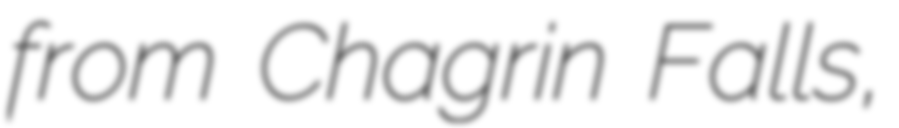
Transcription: from Chagrin Falls,